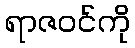
ရာဇဝင်ကို